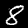
Label: 8